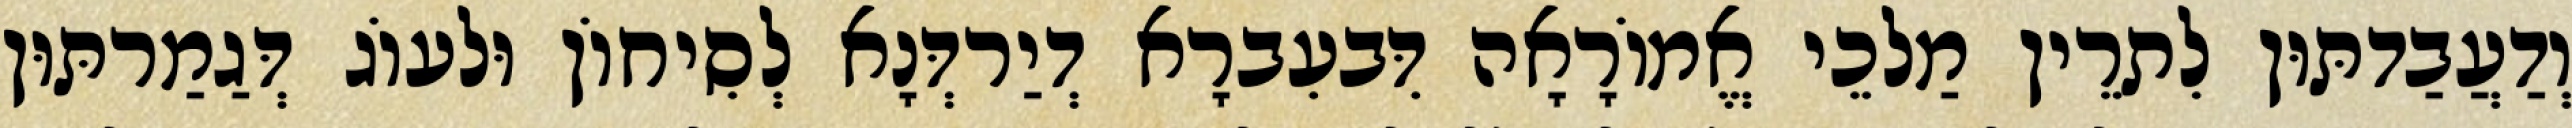
וְדַעֲבַדתּוּן לִתרֵין מַלכֵי אֱמוֹרָאָה דִּבעִברָא דְיַרדְּנָא לְסִיחוֹן וּלעוֹג דְּגַמַרתּוּן